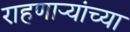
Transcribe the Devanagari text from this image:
राहणार्‍यांच्या